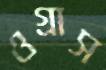
ওগ্‌রাস